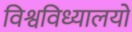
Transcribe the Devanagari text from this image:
विश्वविध्यालयों